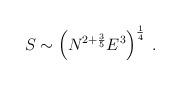
LaTeX: \begin{align*}S \sim \left( N^{2 + \frac{3}{5}} E^3 \right)^{\frac{1}{4}} \; .\end{align*}